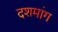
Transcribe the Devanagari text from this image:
दशमांग